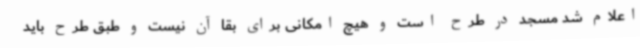
اعلام شد مسجد در طرح است و هیچ امکانی برای بقا آن نیست و طبق طرح باید